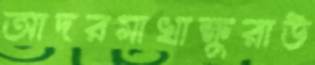
আদরমাখাক্ষুরাউ